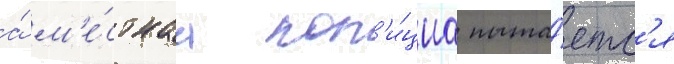
а́ м'е́стнаа пол'и́циа пыта́етс'я